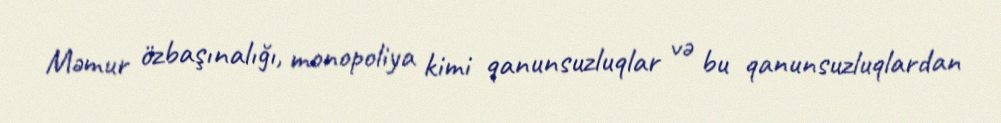
Məmur özbaşınalığı, monopoliya kimi qanunsuzluqlar və bu qanunsuzluqlardan